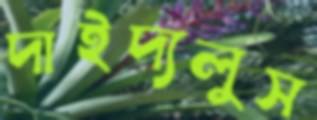
দাইদ্যলুস